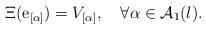
LaTeX: \begin{align*}\Xi(\mathrm{e}_{[\alpha]})=V_{[\alpha]},\ \ \ \forall\alpha\in\mathcal{A}_1(l).\end{align*}